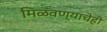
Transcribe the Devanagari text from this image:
मिळवण्याचेही